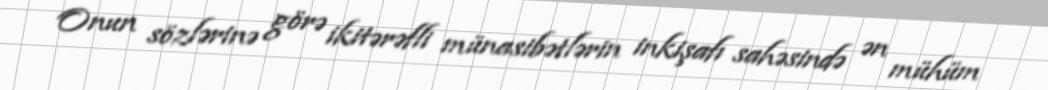
Onun sözlərinə görə ikitərəfli münasibətlərin inkişafı sahəsində ən mühüm